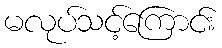
မလုပ်သင့်ကြောင်း